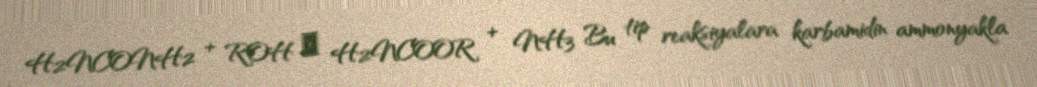
H2NCONH2 + ROH → H2NCOOR + NH3 Bu tip reaksiyalara karbamidin ammonyakla